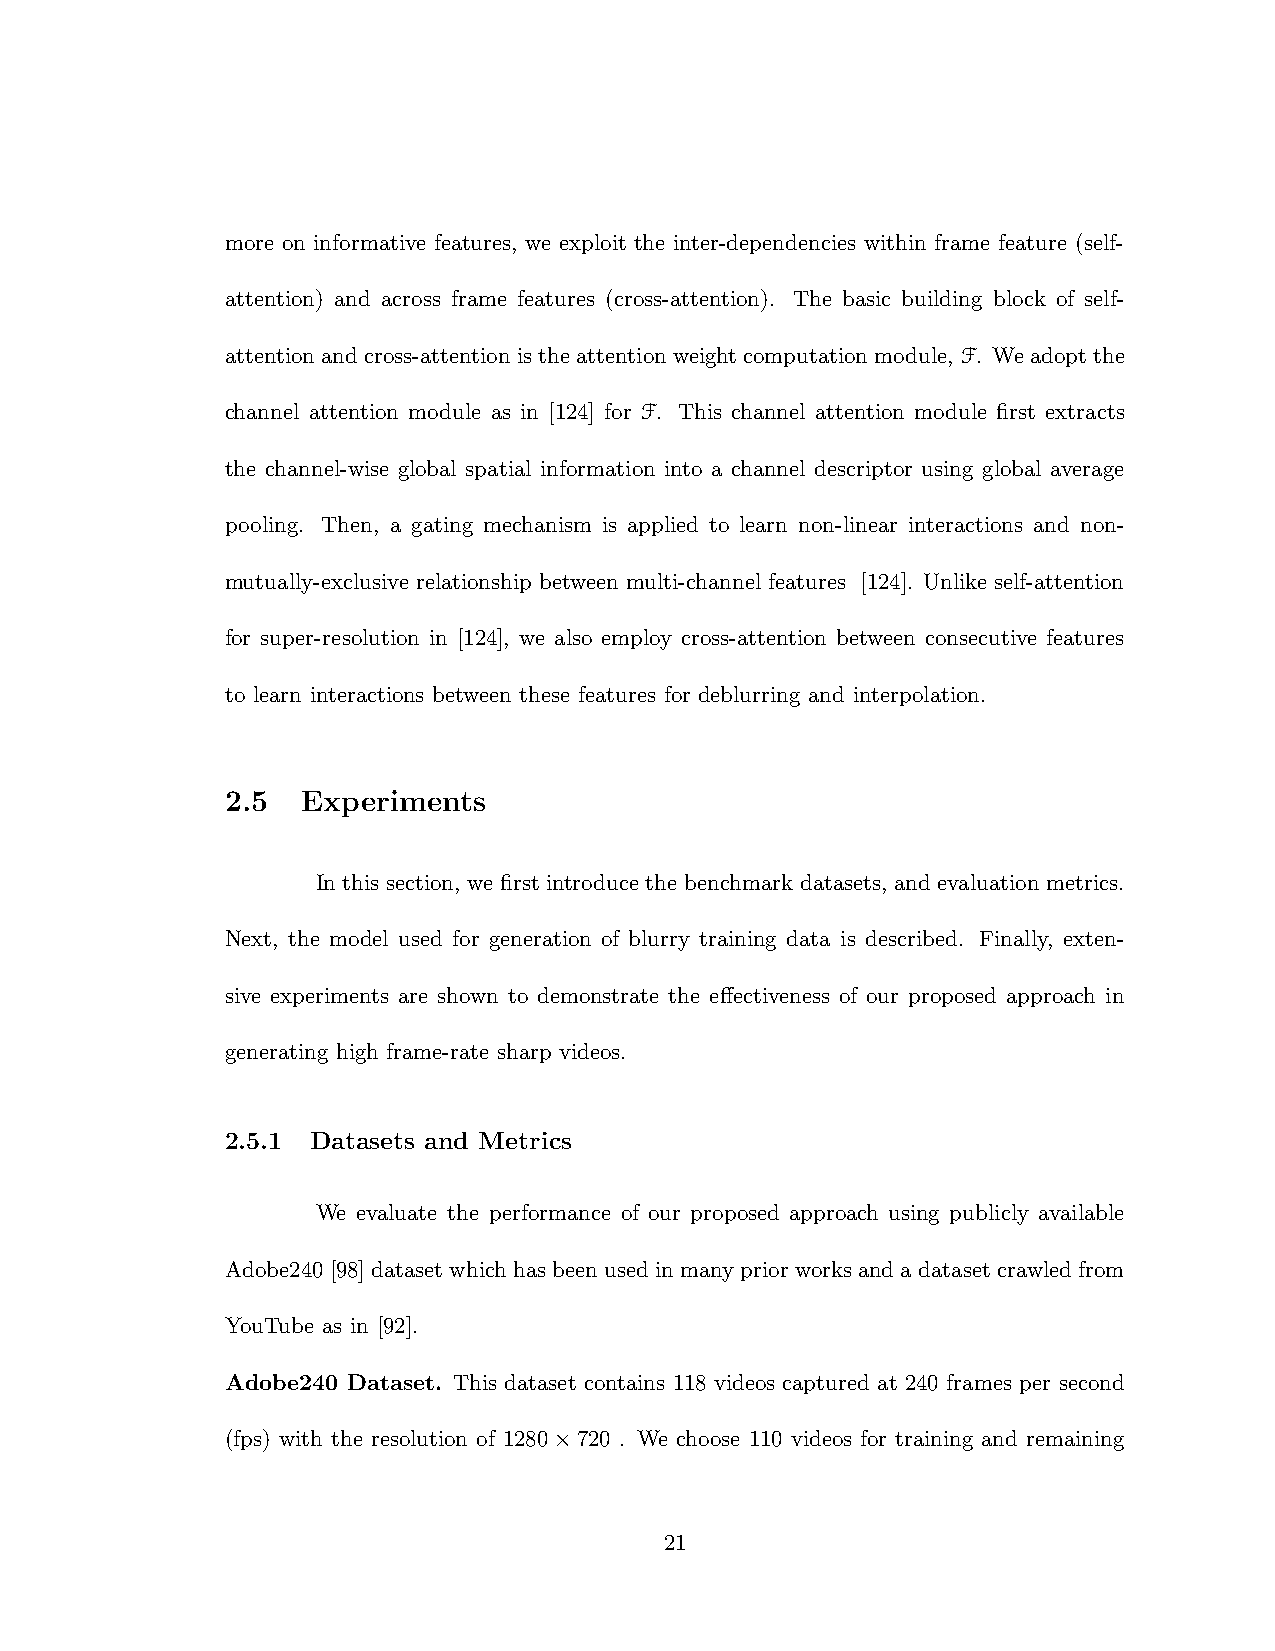
more on informative features, we exploit the inter-dependencies within frame feature (self-
 attention) and across frame features (cross-attention). The basic building block of self-
 attention and cross-attention is the attention weight computation module, F. We adopt the
 channel attention module as in [124] for F. This channel attention module first extracts
 the channel-wise global spatial information into a channel descriptor using global average
 pooling. Then, a gating mechanism is applied to learn non-linear interactions and non-
 mutually-exclusive relationship between multi-channel features [124]. Unlike self-attention
 for super-resolution in [124], we also employ cross-attention between consecutive features
 to learn interactions between these features for deblurring and interpolation.
 2.5  Experiments
 In this section, we first introduce the benchmark datasets, and evaluation metrics.
 Next, the model used for generation of blurry training data is described. Finally, exten-
 sive experiments are shown to demonstrate the effectiveness of our proposed approach in
 generating high frame-rate sharp videos.
 2.5.1 Datasets and Metrics
 We evaluate the performance of our proposed approach using publicly available
 Adobe240[98]datasetwhichhasbeenusedin manypriorworks andadatasetcrawledfrom
 YouTube as in [92].
 Adobe240 Dataset. This dataset contains 118 videos captured at 240 frames per second
 (fps) with the resolution of 1280×720 . We choose 110 videos for training and remaining
 21